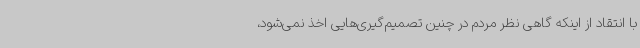
با انتقاد از اینکه گاهی نظر مردم در چنین تصمیم‌گیری‌هایی اخذ نمی‌شود،